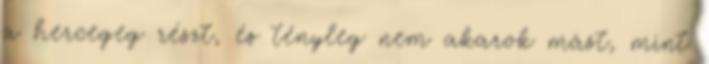
a hercegeg részt, és tényleg nem akarok mást, mint